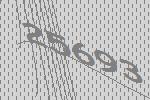
25693